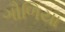
ગૌળિયા